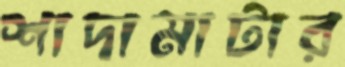
শাদামাটার